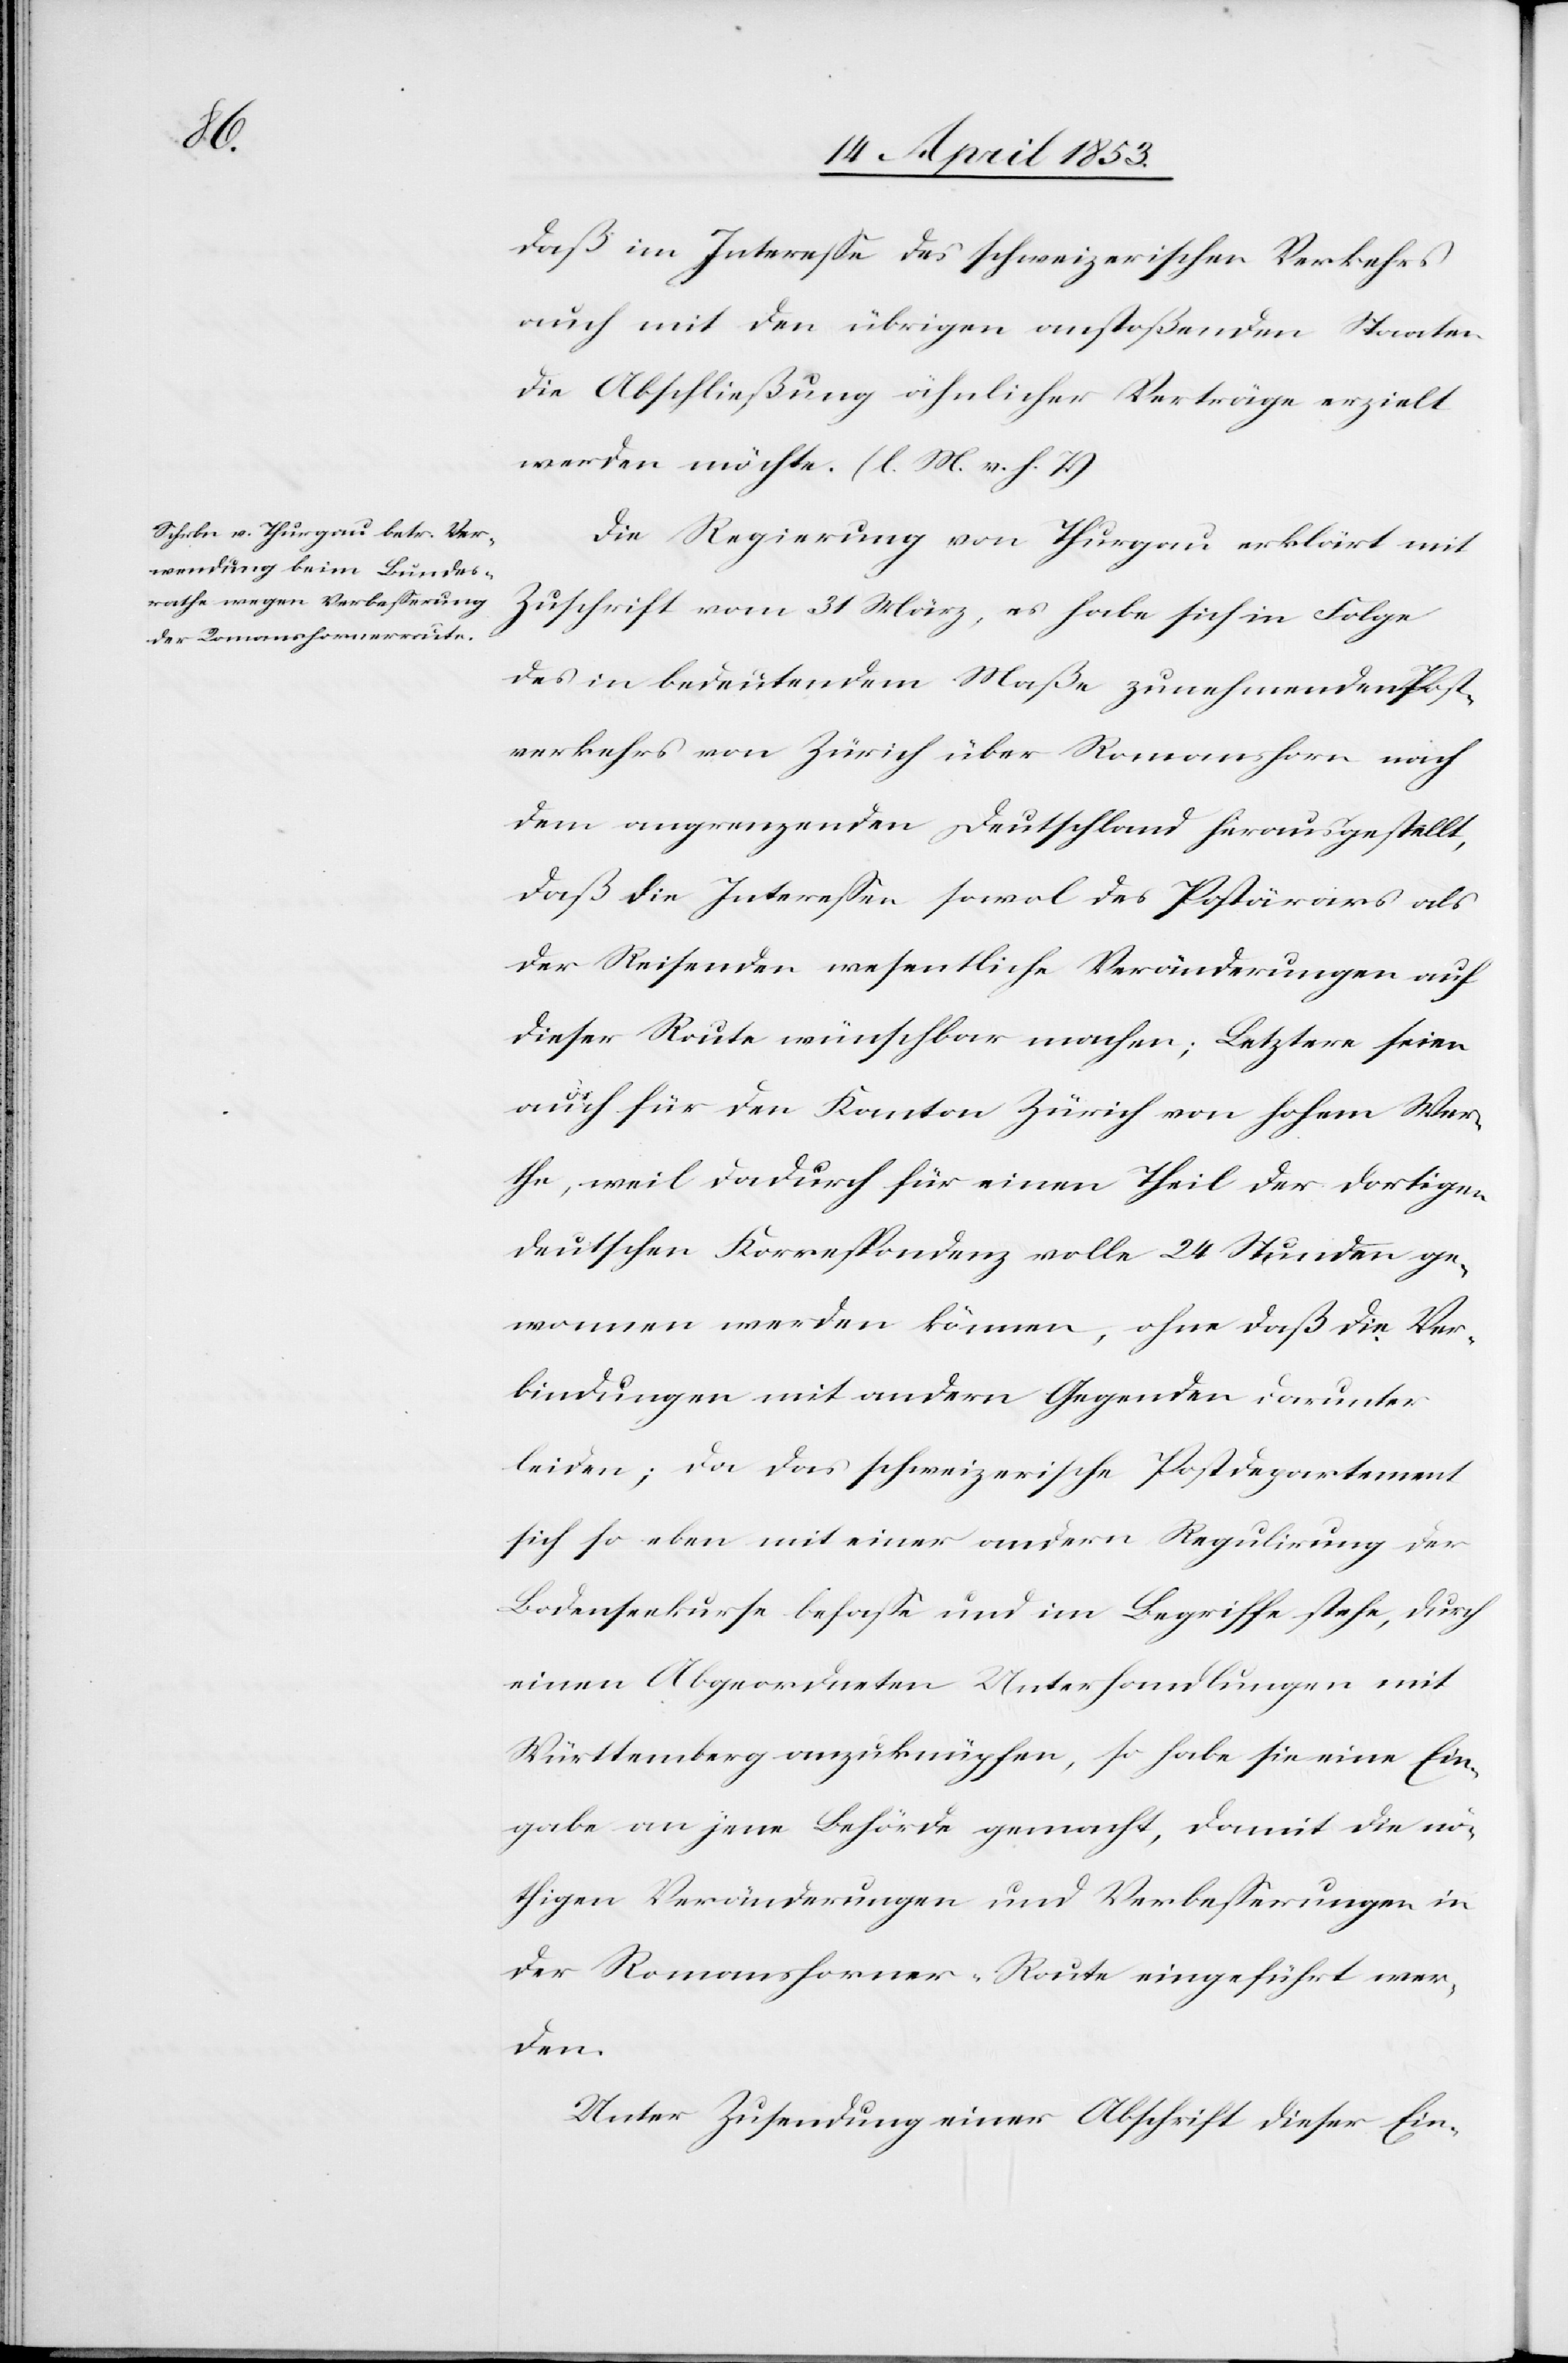
daß im Intereße des schweizerischen Verkehres
auch mit den übrigen anstoßenden Staaten
die Abschließung ähnlicher Verträge erzielt
werden möchte. [l. M. v. h. T]
Die Regierung von Thurgau erklärt mit
Zuschrift vom 31 März, es habe sich in Folge
des in bedeutendem Maße zunehmenden Post¬
verkehres von Zürich über Romanshorn nach
dem angrenzenden Deutschland herausgestellt,
daß die Intereßen sowol [sic!] des Postärars als
der Reisenden wesentliche Veränderungen auf
dieser Route wünschbar machen; Letztere seien
auch für den Kanton Zürich von hohem Wer¬
the, weil dadurch für einen Theil der dortigen
deutschen Korrespondenz volle 24 Stunden ge¬
wonnen werden können, ohne daß die Ver¬
bindungen mit andern Gegenden darunter
leiden; da das schweizerische Postdepartement
sich so eben mit einer andern Regulirung der
Bodenseekurse befaße und im Begriffe stehe, durch
einen Abgeordneten Unterhandlungen mit
Württemberg anzuknüpfen, so habe sie eine Ein¬
gabe an jene Behörde gemacht, damit die nö¬
thigen Veränderungen und Verbeßerungen in
der Romanshorner-Route eingeführt wer¬
den.
Unter Zusendung einer Abschrift dieser Ein-